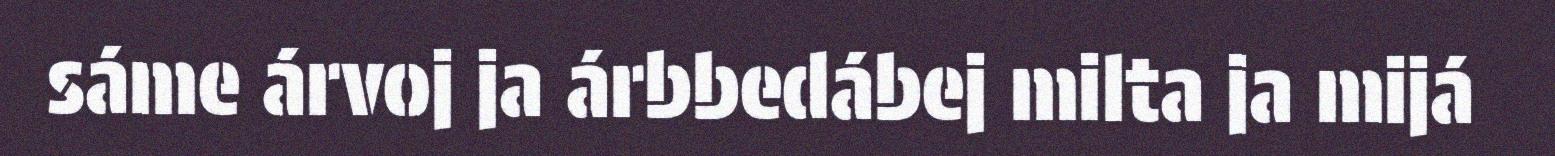
sáme árvoj ja árbbedábej milta ja mijá